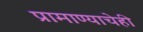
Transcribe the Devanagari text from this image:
प्रामाण्याचेही